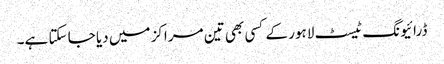
ڈرائیونگ ٹیسٹ لاہور کے کسی بھی تین مراکز میں دیا جا سکتا ہے۔